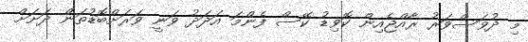
މި ދުވަސްވަރު ރާއްޖެއިން ކޮވިޑު ކޭސް ފެންމަ އަދަދު ވަނީ ވަރަށްބޮޑުތަން ދަށަށް